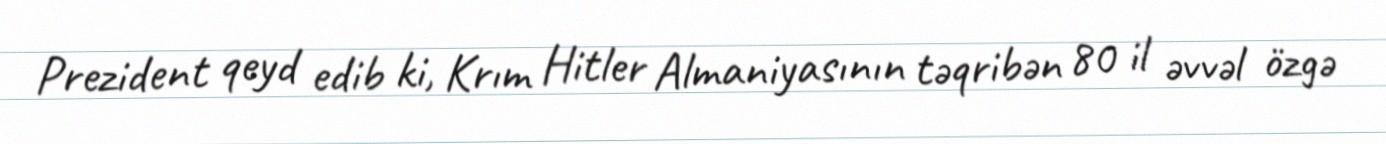
Prezident qeyd edib ki, Krım Hitler Almaniyasının təqribən 80 il əvvəl özgə